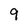
Character: 9